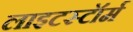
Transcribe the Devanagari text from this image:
लाइटस्टॉर्म